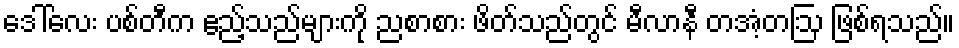
ဒေါ်လေး ပစ်တီက ဧည့်သည်များကို ညစာစား ဖိတ်သည်တွင် မီလာနီ တအံ့တဩ ဖြစ်ရသည်။